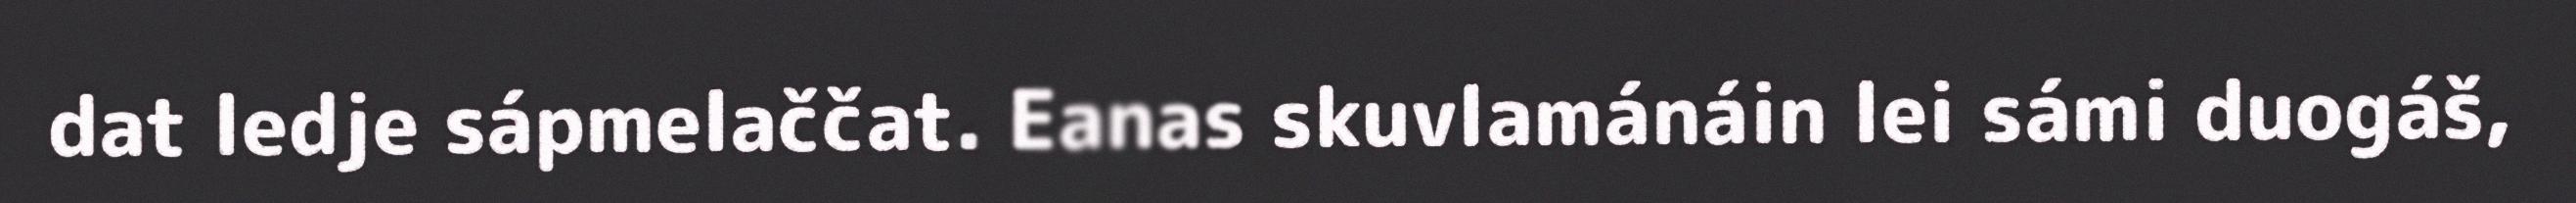
dat ledje sápmelaččat. Eanas skuvlamánáin lei sámi duogáš,